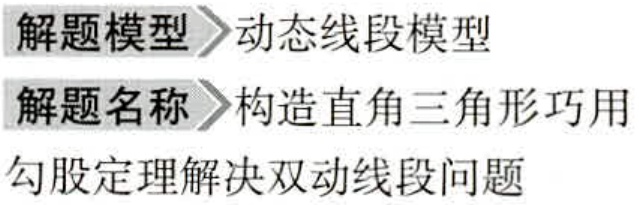
解题模型 \(\rhd\) 动态线段模型
解题名称 \(\rhd\) 构造直角三角形巧用勾股定理解决双动线段问题